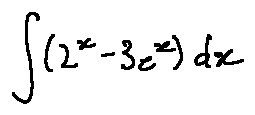
\int ( 2 ^ { x } - 3 e ^ { x } ) d x